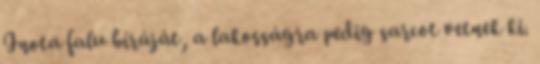
Inota falu bíráját, a lakosságra pedig sarcot vetnek ki.